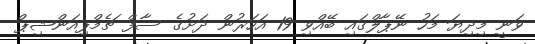
ވަނީ މިދިޔަ މަހު ނޭޕާލްގައި ބޭއްވި 19 އަހަރުން ދަށުގެ ސާފް ޗެމްޕިއަންޝިޕް